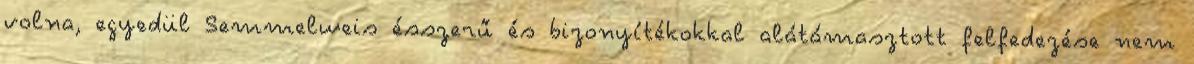
volna, egyedül Semmelweis ésszerű és bizonyítékokkal alátámasztott felfedezése nem